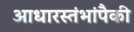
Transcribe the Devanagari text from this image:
आधारस्तंभांपैकी